Scottish Leaving Certificate Examination, 1959
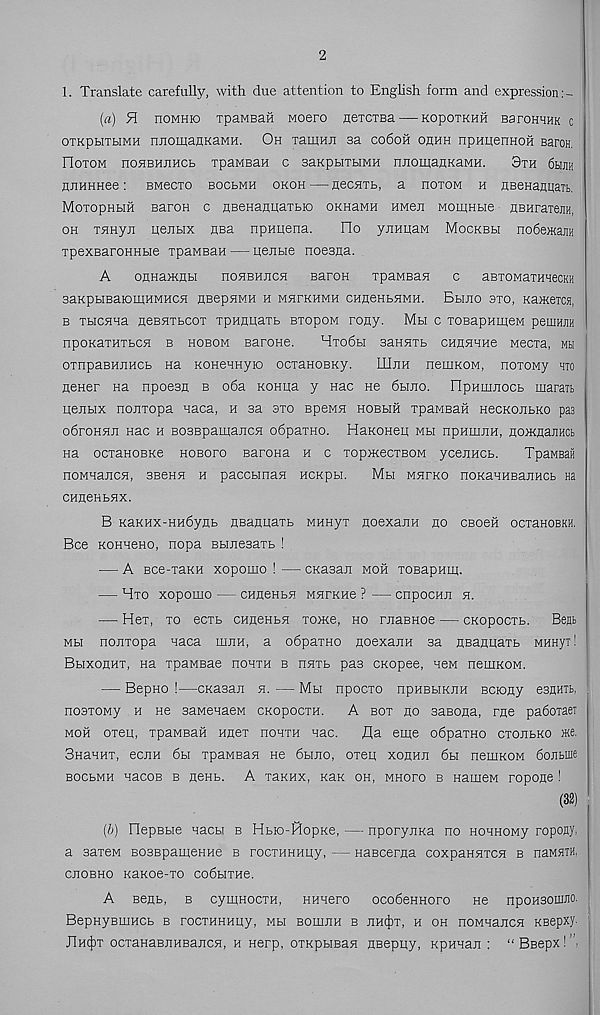
2
1. Translate carefully, with due attention to English form and expression
(a) 51 noMHio TpaMBaft woero neiCTBa—KopoTKHH BaroHHHK c
OTKpHTbMH nnomanKaMH. Oh Taman aa co6oh ohhh npapenHOH Baron.
IloTOM noHBHJMCb TpaMBan c saKpbiTHMH nnomanKaMH.
3th 6hjih
nnHHHee: BMecTO bocbmh okoh — necHTb, a hotom h HBeHaaijaTh.
MoTopHbm Baron c nBenanuaTbio OKHaMH HMen MomHbie nBHrarenH,
oh THHyji uenbix nsa npHirena.
Ho ynHiraM Mockbh nodemajm
TpexsaroHHbie TpawBaH — uenbie noeana.
A onHaoKHH
noHBHiiCH Baron TpaMBan c aBTOMaTHaecKH
BaKpbIBaiOmHMHCH flBepflMH H MHTKHMH CHHeHbHMH. BbUIO 3TO, KaJKeTCH,
b TbicHHa neBHTbcoT TpmmaTb btopom rony. Mh c ToeapHmeM peuiHJiH
npoKaTHTbCH b hobom Barone.
Hto6bi saHHTb CHflHHHe MecTa, mh
OTnpaBHnHCb Ha KOHennyio ocTanoBRy.
LUhh nemKOM, noxoMy hto
nener na npoean b o6a Konua y nac He 6hjio. FIpHmnocb maratt
nejibix nonTopa naca, h aa sto BpeMH hobhh TpaMBah HecKOJibKo pas
odroHHJi Hac h BOBspamancH odpaTHO. HaKOHep mh npHmjiH, noamaJiHCb
na ocTaHOBKe hobofo Barona h c TopmecTBOM ycenHCb.
TpaMBaii
nOMHajICH, 3B6H5I H paCCbinaH HCKpbl.
MbI MHFKO nOKaHHBaJIHCb Ha
CHHeHbHX.
B KaKHx-HHdynb ztBajmaTb MHHyT noexanH no CBoeft ocTaHOBKH,
Bee KOHHeHO, nopa BbinesaTb !
— A Bce-TaKH xopomo ! — CKasaji hoh TOBapum-
— Hto xopomo — CHflenbH MHFKHe ? — cnpocnji h.
— Her, to ecTb CHnenbH Tome, ho rnaBHoe — CKopocTb. Beji
Mbi nonTopa naca mriH, a odpaTHO noexanH aa HBanpaTb MHHyr!
Bbixohht, Ha Tpaweae hohth b dhtb pas exopee, neM nemKOM.
— Bepno !—CKasan h. — Mbi npocTO npHBbiKJiH sciony esflHib,
nosTOwy h ne saMenaeM CKopocTH.
A bot ho saBona, rne padoTaei
MOH 0T6H, TpaMBaH HH6T nOHTH HaC.
fla erne odpaTHO CTOHbKO He.
SHaHHT, ecjiH 6bi TpawBan ne 6bmo, OTep xohhh 6bi nemKOM 6oJibine
BOCbMH HaCOB B HSHb. A TBKHX, KSLK OH, MHOFO B HameM FOpOfle !
(32)
(b) IdepEbie nacbi b Hbio-RopKe, — nporynKa no HOHHOMy ropony,
a sareM BosspameHHe b rocTHHHpy, — HaBceraa coxpaHHTCH b naMSTH,
CJTOBHO KaKOe-TO COdbITHe.
A Benb, b cymnocTH, HHHero ocodeHHoro ne ppoHSonuio.
BepHyBmHCb b rocraHupy, mh BomnH b hh^t. h o h noMHancH KBepxy.
J1h(|)t ocTaHaBJiHBajicp, h nerp, OTKpHBan nseppy, KpHHan : “ BBepx! ’,